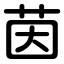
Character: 茵